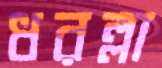
ধরল্লা